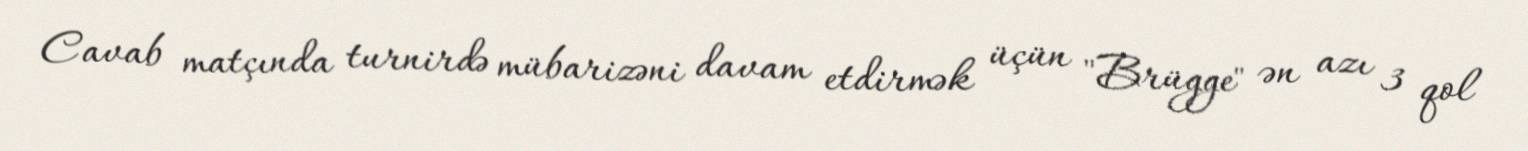
Cavab matçında turnirdə mübarizəni davam etdirmək üçün "Brügge" ən azı 3 qol